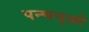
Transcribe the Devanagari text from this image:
पन्चमुखी